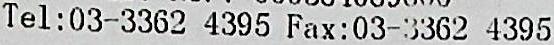
TEL:03-3362 4395 FAX:03-3362 4395